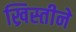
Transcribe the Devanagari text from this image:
ख्रिस्तीने